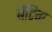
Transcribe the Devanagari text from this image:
बैंटिग